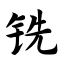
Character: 铣